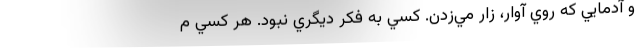
و آدمايي كه روي آوار، زار مي‌زدن. كسي به فكر ديگري نبود. هر كسي م